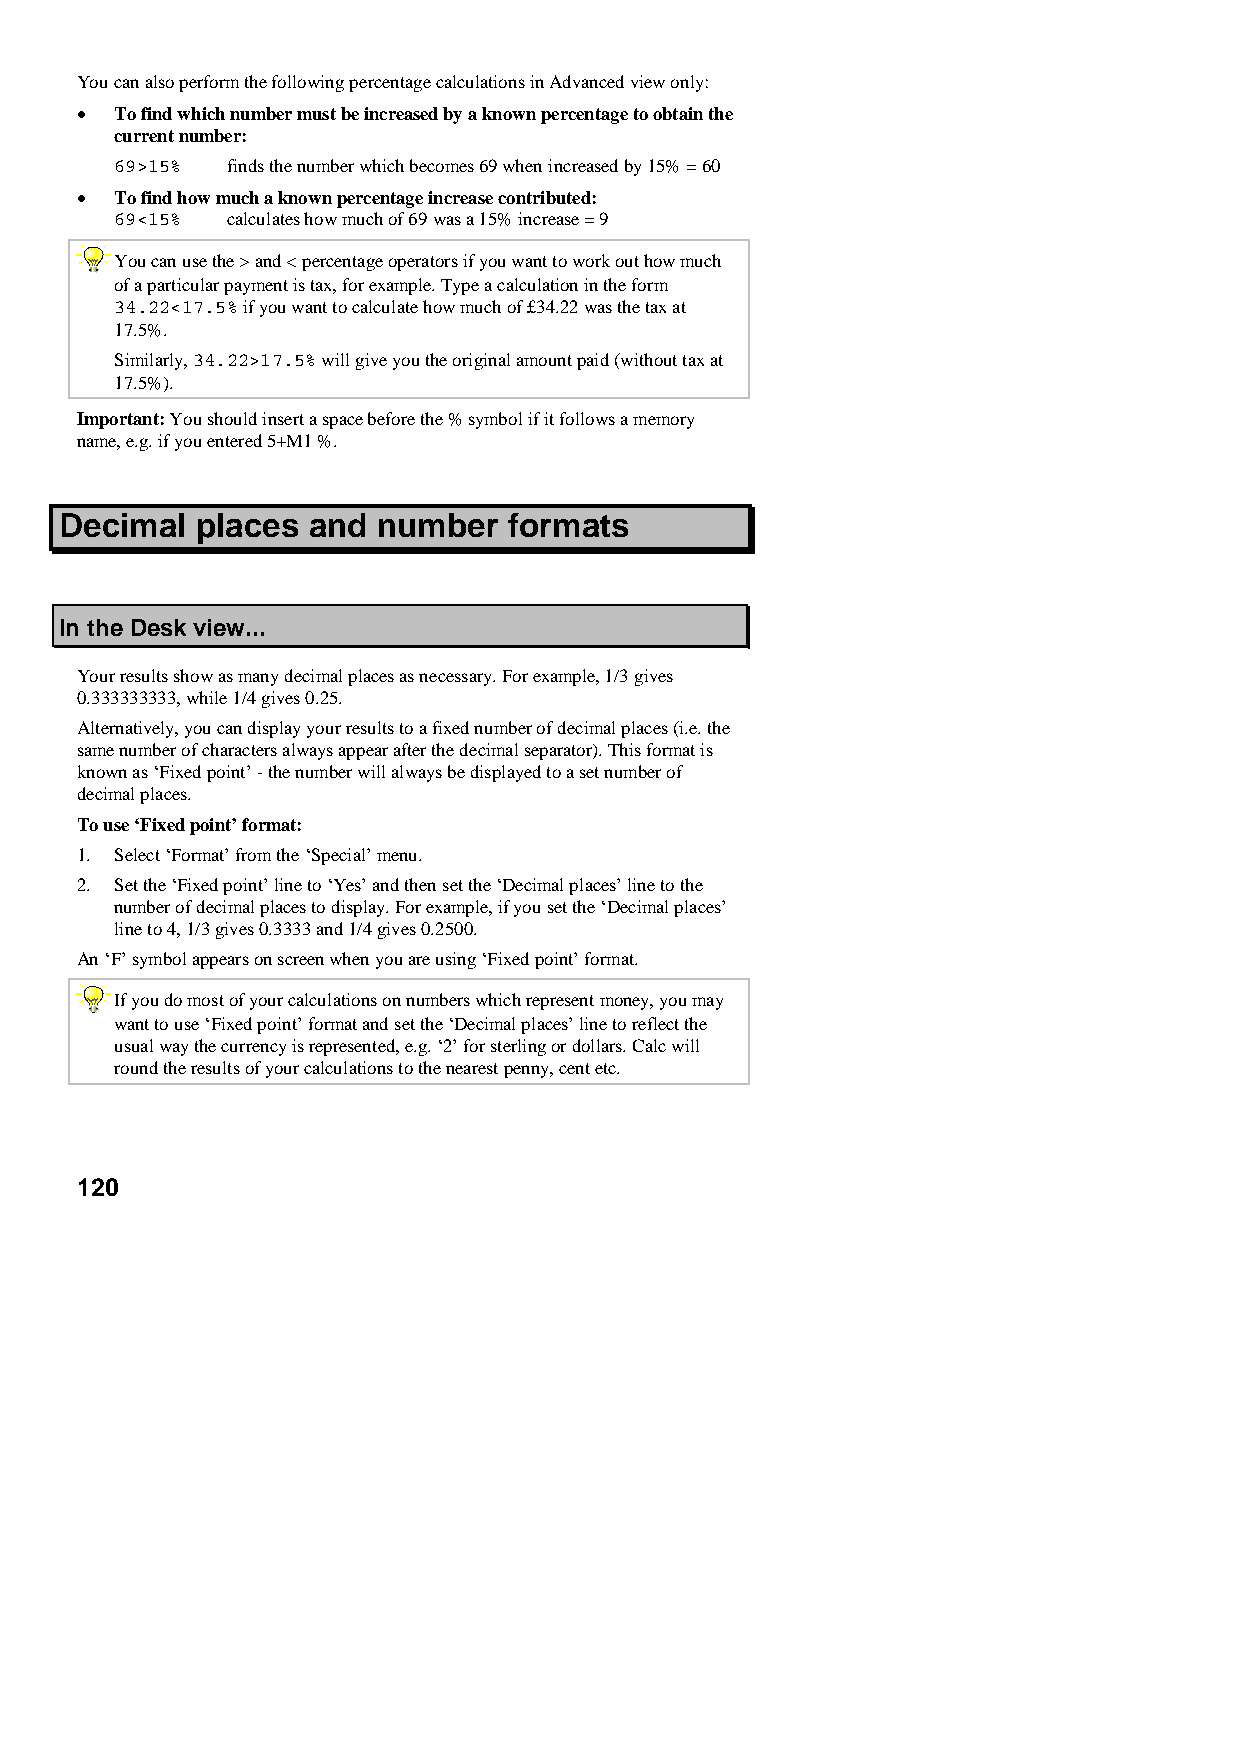
You can also perform the following percentage calculations in Advanced view only:
 •  To find which number must be increased by a known percentage to obtain the
 current number:
 69>15% finds the number which becomes 69 when increased by 15% = 60
 •  To find how much a known percentage increase contributed:
 69<15% calculates how much of 69 was a 15% increase = 9
 You can use the > and < percentage operators if you want to work out how much
 of a particular payment is tax, for example. Type a calculation in the form
 34.22<17.5% if you want to calculate how much of £34.22 was the tax at
 17.5%.
 Similarly, 34.22>17.5% will give you the original amount paid (without tax at
 17.5%).
 Important: You should insert a space before the % symbol if it follows a memory
 name, e.g. if you entered 5+M1 %.
 Decimal  places and  number   formats
 In the Desk view...
 Your results show as many decimal places as necessary. For example, 1/3 gives
 0.333333333, while 1/4 gives 0.25.
 Alternatively, you can display your results to a fixed number of decimal places (i.e. the
 same number of characters always appear after the decimal separator). This format is
 known as ‘Fixed point’ - the number will always be displayed to a set number of
 decimal places.
 To use ‘Fixed point’ format:
 1. Select ‘Format’ from the ‘Special’ menu.
 2. Set the ‘Fixed point’ line to ‘Yes’ and then set the ‘Decimal places’ line to the
 number of decimal places to display. For example, if you set the ‘Decimal places’
 line to 4, 1/3 gives 0.3333 and 1/4 gives 0.2500.
 An ‘F’ symbol appears on screen when you are using ‘Fixed point’ format.
 If you do most of your calculations on numbers which represent money, you may
 want to use ‘Fixed point’ format and set the ‘Decimal places’ line to reflect the
 usual way the currency is represented, e.g. ‘2’ for sterling or dollars. Calc will
 round the results of your calculations to the nearest penny, cent etc.
 120